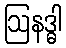
ဩနဒ္ဓါ